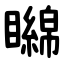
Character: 矊